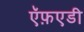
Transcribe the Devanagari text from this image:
ऍफ़एडी